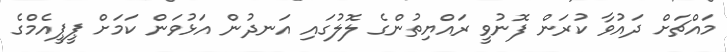
މައްޗަށް ދައުވާ ކުރަން ފޮނުވީ ރައްޔިތުންގެ ލޮލުގައި އަނދުން އަޅުވަން ކަމަށް ޕީޕީއެމްގެ